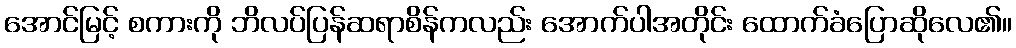
အောင်မြင့် စကားကို ဘိလပ်ပြန်ဆရာစိန်ကလည်း အောက်ပါအတိုင်း ထောက်ခံပြောဆိုလေ၏။